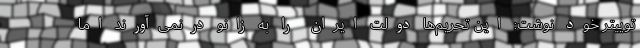
توییتر خود نوشت: این تحریم‌ها دولت ایران را به زانو درنمی‌آورند اما